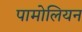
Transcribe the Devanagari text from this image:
पामोलियन